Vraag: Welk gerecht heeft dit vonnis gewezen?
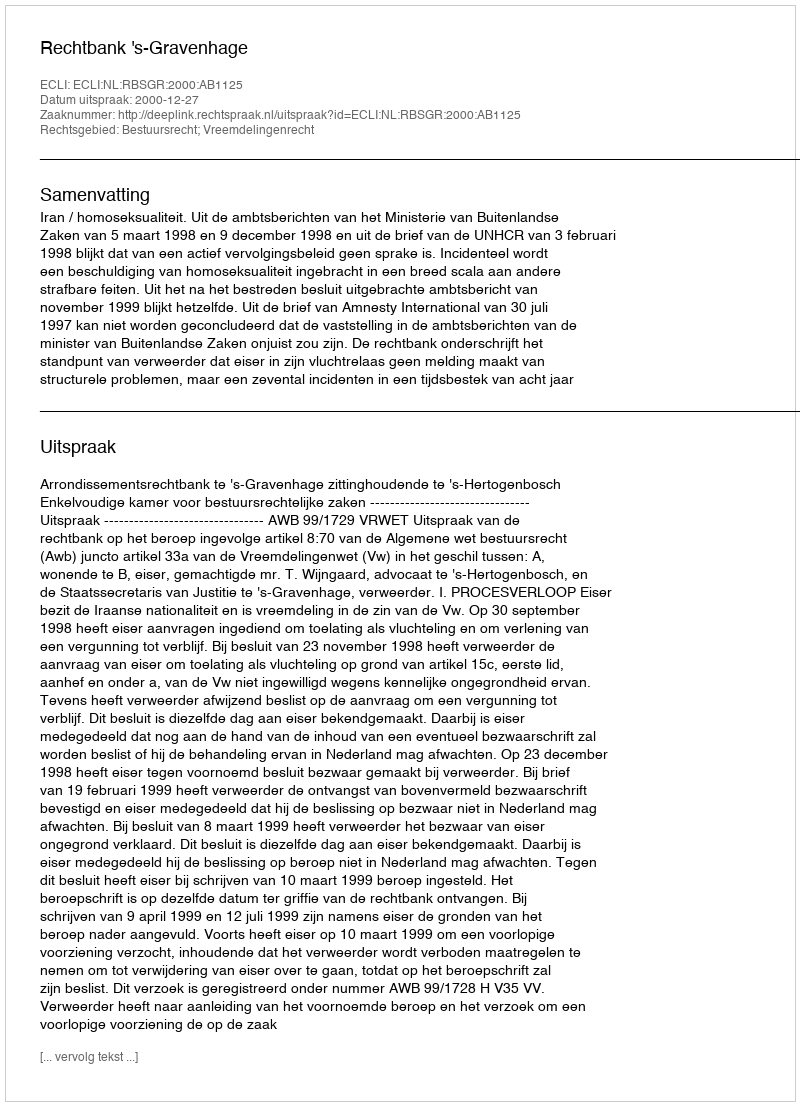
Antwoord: Rechtbank 's-Gravenhage